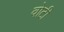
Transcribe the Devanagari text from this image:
वोटी